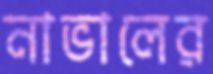
নাভালের